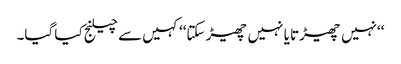
‘‘نہیں چھیڑتا یا نہیں چھیڑ سکتا‘‘ کہیں سے چیلنج کیا گیا۔